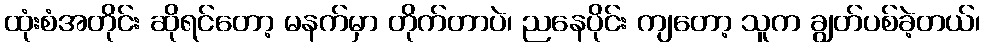
ထုံးစံအတိုင်း ဆိုရင်တော့ မနက်မှာ တိုက်တာပဲ၊ ညနေပိုင်း ကျတော့ သူက ချွတ်ပစ်ခဲ့တယ်၊